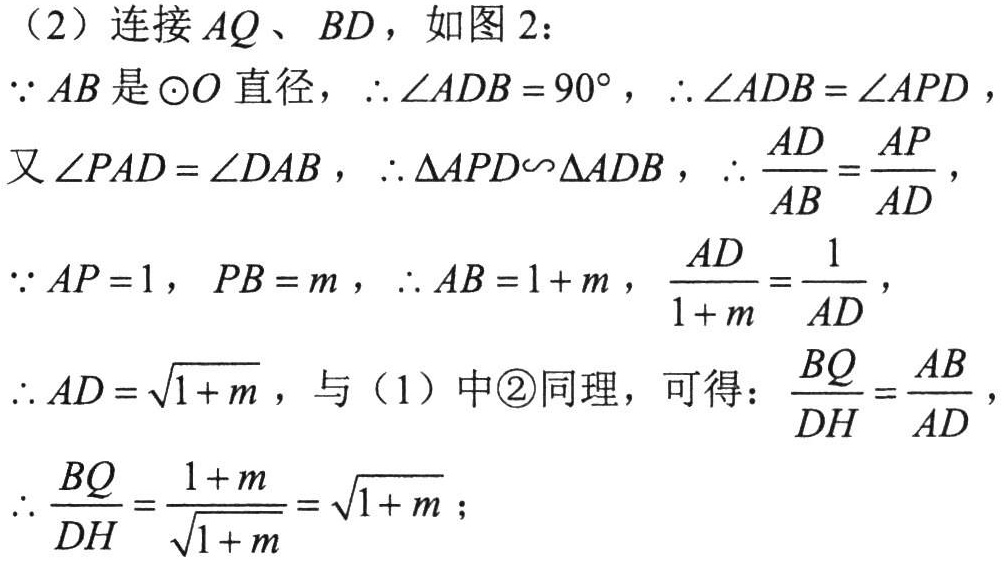
（2）连接 \(AQ\)、\(BD\)，如图 2：

\(\because AB\)是\(\odot O\)直径，\(\therefore\angle ADB = 90^{\circ}\)，\(\therefore\angle ADB=\angle APD\)，

又\(\angle PAD=\angle DAB\)，\(\therefore\Delta APD\sim\Delta ADB\)，\(\therefore\frac{AD}{AB}=\frac{AP}{AD}\)，

\(\because AP = 1\)，\(PB = m\)，\(\therefore AB = 1 + m\)，\(\frac{AD}{1 + m}=\frac{1}{AD}\)，

\(\therefore AD=\sqrt{1 + m}\)，与（1）中\textcircled{2}同理，可得：\(\frac{BQ}{DH}=\frac{AB}{AD}\)，

\(\therefore\frac{BQ}{DH}=\frac{1 + m}{\sqrt{1 + m}}=\sqrt{1 + m}\)；